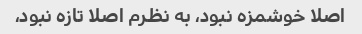
اصلا خوشمزه نبود، به نظرم اصلا تازه نبود،